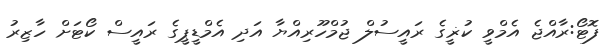
ފޮޓޯ:ރާއްޖެ އެމްވީ ކުޜީގެ ރައީސުލް ޖުމްހޫރިއްޔާ އަދި އެމްޑީޕީގެ ރައީސް ކޯޓަށް ހާޒިރު